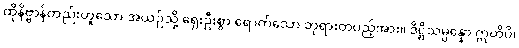
ထိုနိဗ္ဗာန်တည်းဟူသော အယဉ်သို့ ရှေးဦးစွာ ရောက်သော ဘုရားတပည့်အား။ ဒိဋ္ဌိသမ္ပန္နော ဣတိပိ၊